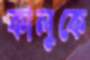
কালুকে